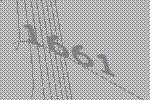
1661